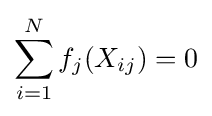
\sum _{i=1}^{N}f_{j}(X_{ij})=0